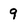
Character: 9